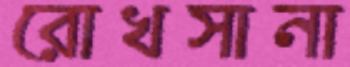
রোখসানা